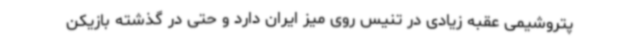
پتروشیمی عقبه زیادی در تنیس روی میز ایران دارد و حتی در گذشته بازیکن